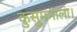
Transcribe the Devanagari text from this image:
कुसुममाला।